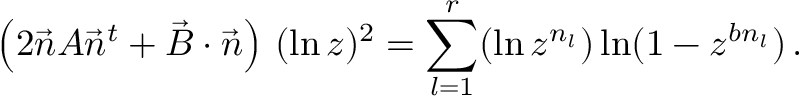
\left( 2 \vec { n } A \vec { n } ^ { t } + \vec { B } \cdot \vec { n } \right) \, ( \ln z ) ^ { 2 } = \sum _ { l = 1 } ^ { r } ( \ln z ^ { n _ { l } } ) \ln ( 1 - z ^ { b n _ { l } } ) \, .